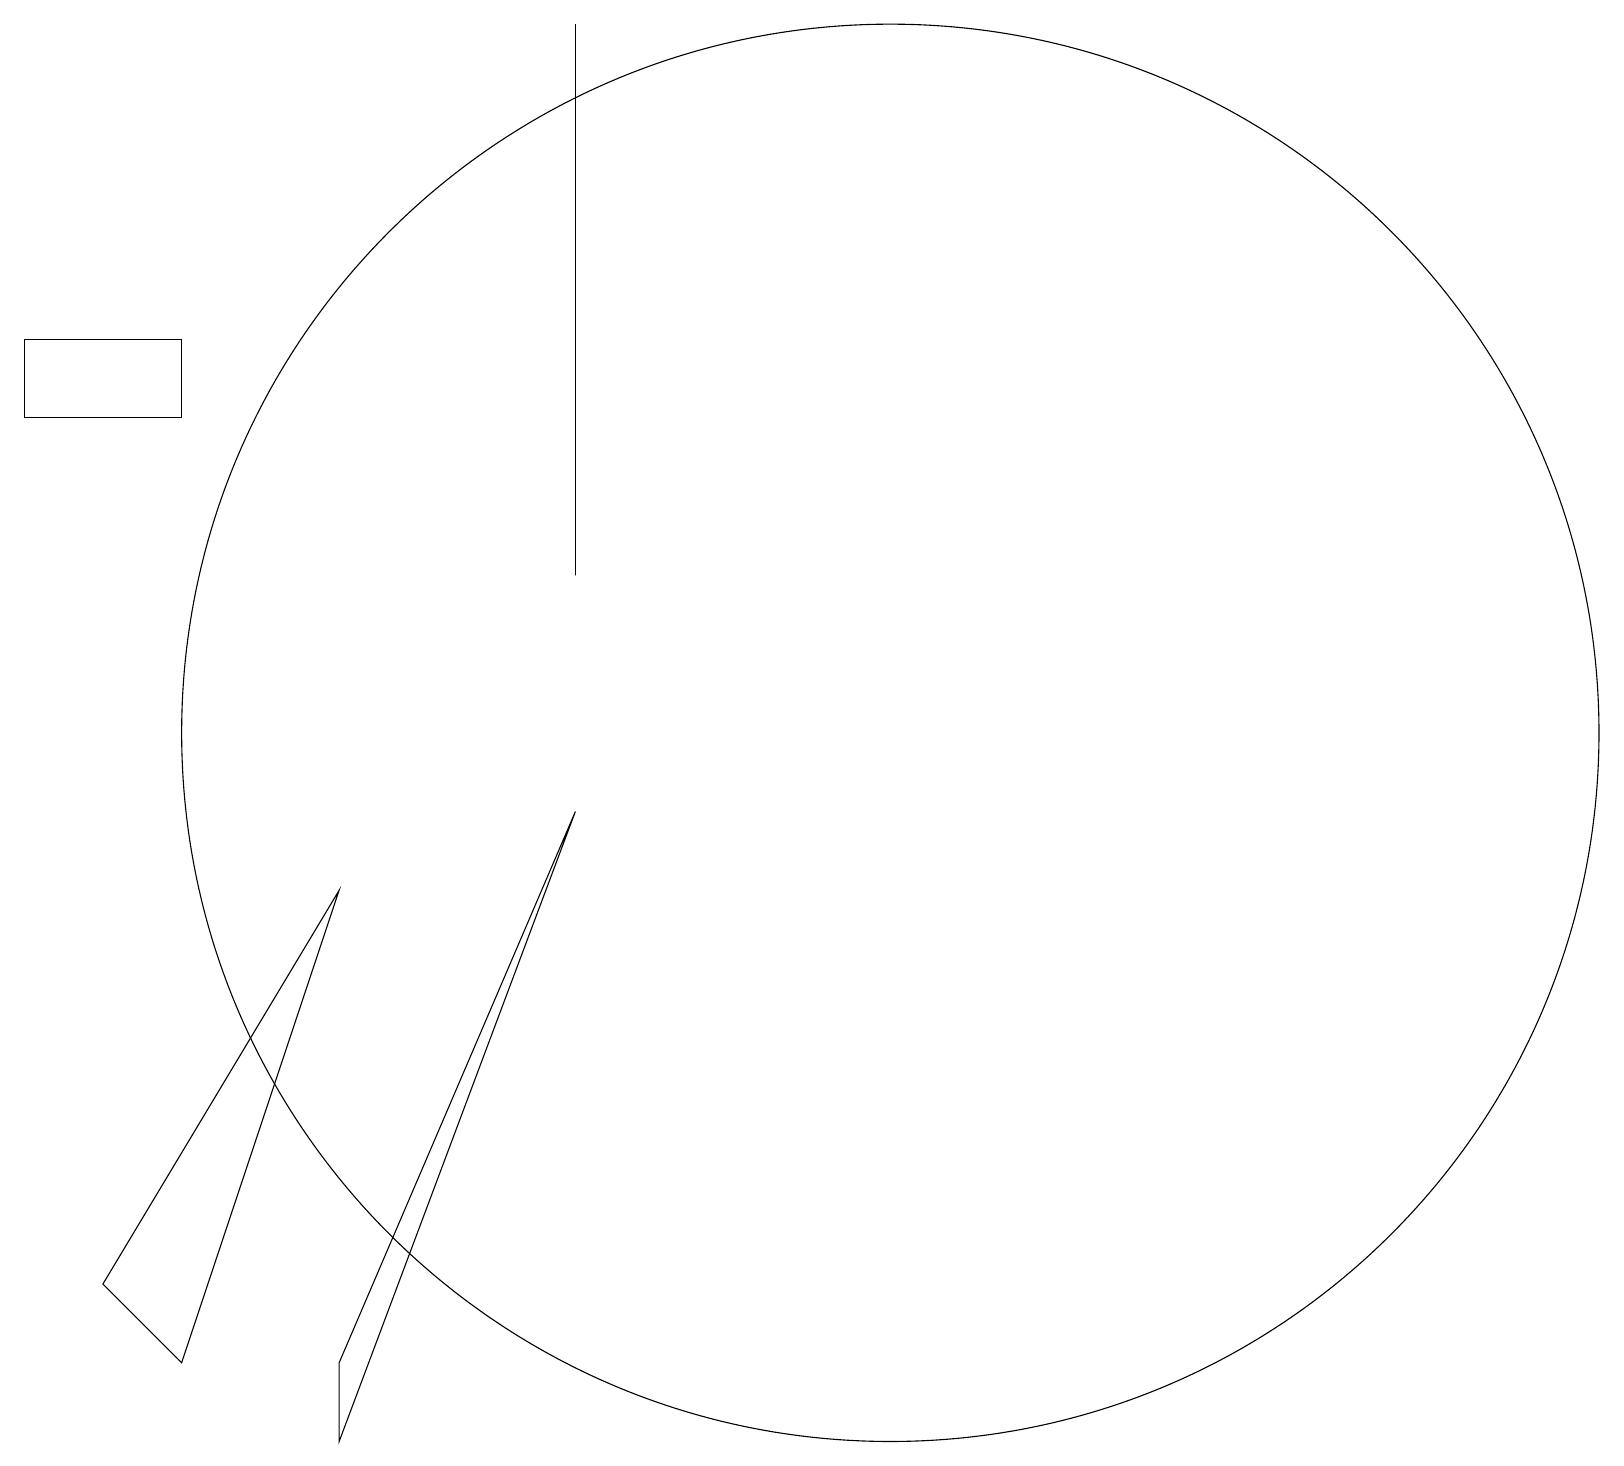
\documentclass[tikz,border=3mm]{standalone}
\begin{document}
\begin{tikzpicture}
\draw (3,15) rectangle (1,14);
\draw (2,3) -- (5,8) -- (3,2) -- cycle;
\draw (5,1) -- (8,9) -- (5,2) -- cycle;
\draw (12,10) circle (9);
\draw (8,12) rectangle (8,19);
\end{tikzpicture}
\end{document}